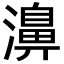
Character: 濞